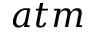
a t m